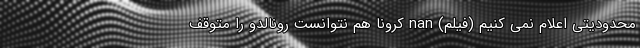
محدودیتی اعلام نمی کنیم (فیلم) nan کرونا هم نتوانست رونالدو را متوقف